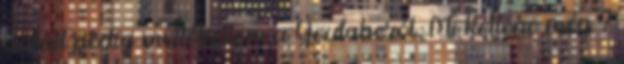
dalait pedig mellékeltem a Youtuberól. Mi kellene még ?